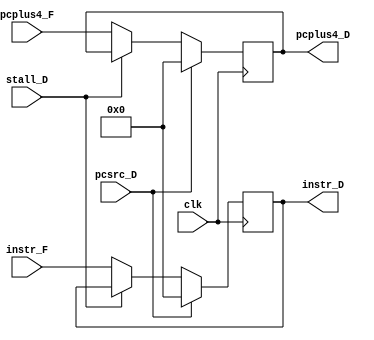
module if_id_regfile (input clk,
		      input stall_D,
		      input pcsrc_D,
		      input [31:0] instr_F,
		      input [31:0] pcplus4_F,
		      output reg [31:0] instr_D,
	      	      output reg [31:0] pcplus4_D);
//reg [31:0] pc;
//reg [31:0] instr;
		      always @(posedge clk) begin
			      if (pcsrc_D)
			      begin
			     	      instr_D <= 32'b0;
			     	      pcplus4_D <= 32'b0;
			      end
			      else begin
			          if(stall_D) begin
				      instr_D <= instr_D;
				      pcplus4_D <= pcplus4_D;
			      end
			      else begin
				      instr_D <= instr_F;
				      pcplus4_D <= pcplus4_F;
			      end
			     end
		      end
		     // always @(negedge clk) 
		     // begin
		//	      instr_D <= instr_F;
		//	      pcplus4_D <= pcplus4_F;
		  //    end
endmodule